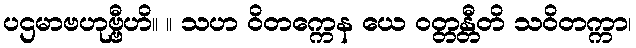
ပဌမာဗဟုဗ္ဗီဟိ။ ။ သဟ ဝိတက္ကေန ယေ ဝတ္တန္တီတိ သဝိတက္ကာ၊